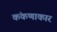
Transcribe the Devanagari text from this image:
कंकणाकार